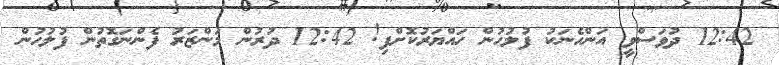
12:42 ދުވަސްވީ އަންހެނަކު ފުލުހުން ހައްޔަރުކޮށްފި! 12:42 ދުރުން މަންޒަރު ފެންނަގޮތުން ފުލުހުން